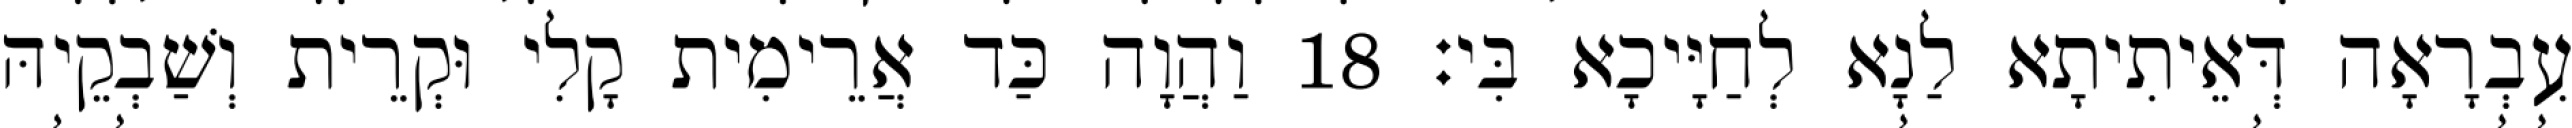
עִבְרָאָה דְּאֵיתִיתָא לַנָא לְחַיָּיכָא בִּי׃ 18 וַהֲוָה כַּד אֲרֵימִית קָלִי וּקְרֵית וְשַׁבְקֵיהּ